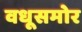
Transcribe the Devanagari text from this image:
वधूसमोर